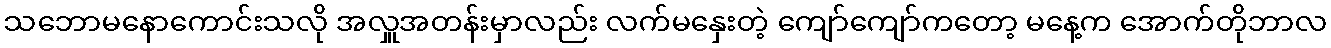
သဘောမနောကောင်းသလို အလှူအတန်းမှာလည်း လက်မနှေးတဲ့ ကျော်ကျော်ကတော့ မနေ့က အောက်တိုဘာလ